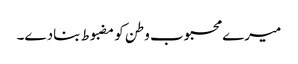
میرے محبوب وطن کو مضبوط بنادے۔